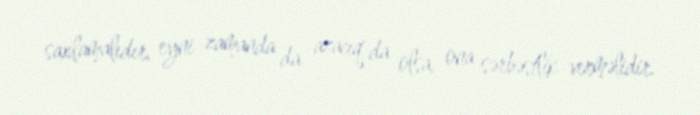
saxlamalıdır, eyni zamanda da azacıq da olsa, ona sərbəstlik verməlidir.